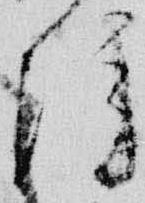
院